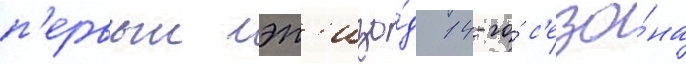
п'ервыи эп'изо́д 14-го́ с'езо́на